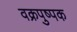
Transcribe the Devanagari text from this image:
वक्रपुष्पक